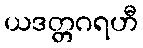
ယဒတ္တဂရဟီ